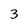
Character: 3